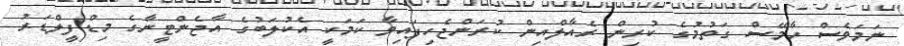
ނަމަވެސް ހާމޭސް ގަތުމުގެ ކުރިން ރެއާލްއިން ކުރަންޖެހިފައިވާ ކަމަކީ އެކުލަބުގެ އާޖެންޓީނާގެ މިޑްފީލްޑަރު